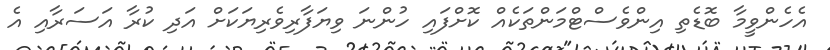
އެހެންވީމާ ބޮޑެތި އިންވެސްޓްމަންތަކެއް ކޮށްފައި ހުންނަ ވިޔަފާރިވެރިޔަކަށް އަދި ކުރާ އަސަރާއި އެ